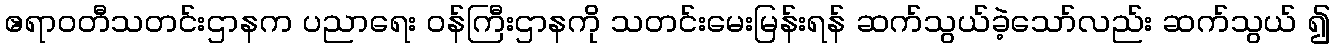
ဧရာဝတီသတင်းဌာနက ပညာရေး ဝန်ကြီးဌာနကို သတင်းမေးမြန်းရန် ဆက်သွယ်ခဲ့သော်လည်း ဆက်သွယ် ၍